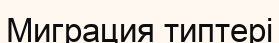
Миграция типтері